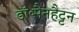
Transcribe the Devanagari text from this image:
डॉ॰मैनहैट्टन